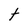
Character: t